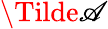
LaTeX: \Tilde{\mathscr{A}}